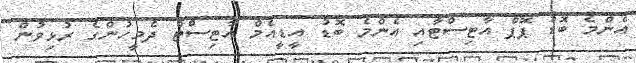
އެންމެ ބޮޑު ޕޮޕް އާޓިސްޓާއި އެންމެ ބޮޑު އީޑީއެމް އާޓިސްޓް ދެމީހުންގެ ރުޅިވުން